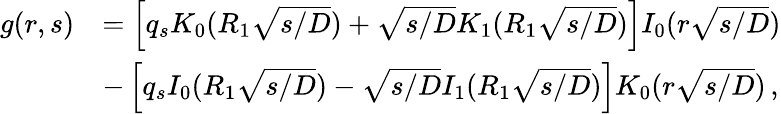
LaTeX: \begin{array}{rl}{g(r,s)}&{=\left[q_{s}K_{0}(R_{1}\sqrt{s/D})+\sqrt{s/D}K_{1}(R_{1}\sqrt{s/D})\right]I_{0}(r\sqrt{s/D})}\\ &{-\left[q_{s}I_{0}(R_{1}\sqrt{s/D})-\sqrt{s/D}I_{1}(R_{1}\sqrt{s/D})\right]K_{0}(r\sqrt{s/D})\, ,}\end{array}